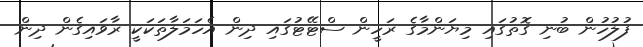
ފުލުހުން ބުނި ގޮތުގައި މިޔަންމާގެ ރަހީން ސްޓޭޓުގައި ދިން އެހަމަލާތަކަކީ ރާވައިގެން ދިން